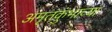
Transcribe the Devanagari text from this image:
अमृतकुंभाच्या